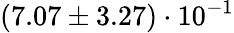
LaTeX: (7.07\pm 3.27)\cdot 10^{-1}